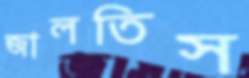
জালতিস